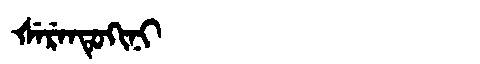
Manchu: ᡧᡝᡵᡝᠨᡨᡠᡴᡳᠨᡳ
Romanization: ŠERENTUKINI